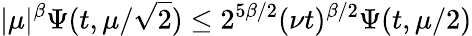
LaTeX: |\mu|^{\beta}\Psi(t,\mu/\sqrt{2})\leq 2^{5\beta/2}(\nu t)^{\beta/2}\Psi(t,\mu/2)